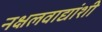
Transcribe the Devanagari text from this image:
नक्षलवाद्यांशी